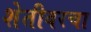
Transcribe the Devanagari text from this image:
शेतीवरचा